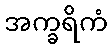
အက္ခရိကံ